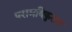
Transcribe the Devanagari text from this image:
परामबिकुलम